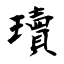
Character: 瓄